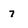
Character: 7